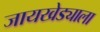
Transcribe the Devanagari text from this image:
जायखेड्याला